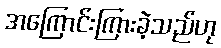
အကြောင်းကြားခဲ့သည်ဟု